Some observations on the poison of Russell's viper (Daboia russellii) - Number 3
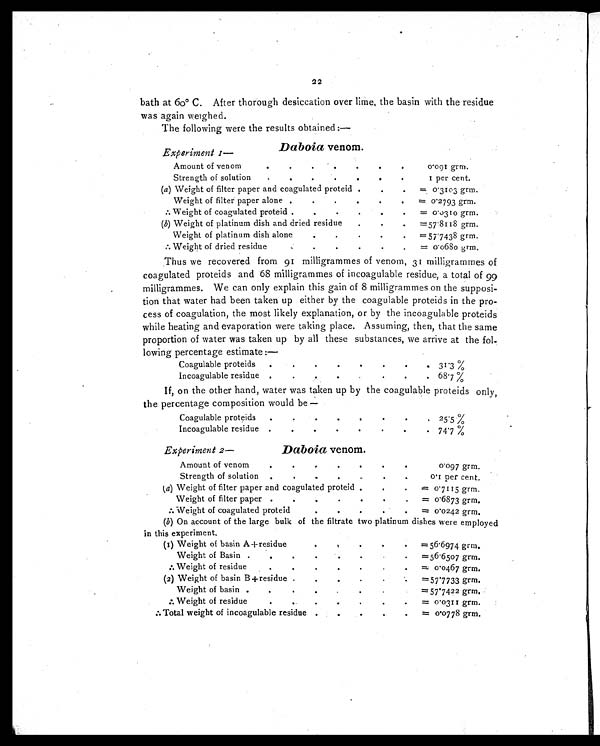
22
bath at 60° C. After thorough desiccation over lime, the basin with the residue
was again weighed.
The following were the results obtained :—
Daboia venom.
Experiment I—
Amount of venom.
... . . .
0.091 grm.
Strength of solution
1 per cent.
(a ) Weight of filter paper and coagulated proteid.
=0. 3103 grm.
Weight of filter paper alone...
=0.2793 grm.
[ i l l e g a b l e ] W e i g h t o f c o a g u l a t e d p r o t e i d .
. . .
. . .
. . .
=0.0310 grm.
(b) Weight of platinum dish and dried residue. =57.8118 grm.
Weight of platinum dish alone
... . . .
. . .
=57.7438 grm.
Weight of dried residue...
. . . .
. . .
=0.0 680 grm.
Thus we recovered from 91 milligrammes of venom, 31 milligrammes of
coagulated proteids and 68 milligrammes of incoagulable residue, a total of 99
milligrammes. We can only explain this gain of 8 milligrammes on the supposi-
tion that water had been taken up either by the coagulable proteids in the pro-
cess of coagulation, the most likely explanation, or by the incoagulable proteids
while heating and evaporation were taking place. Assuming, then, that the same
proportion of water was taken up by all these substances, we arrive at the fol-
lowing percentage estimate :—
Coagulable proteids
...
. . . 3 1 . 3 %
Incoagulable residue . . .
. . .
. . .
6 8 . 7 %
If, on the other hand, water was taken up by the coagulable proteids only,
the percentage composition would be—
Coagulable proteids
... ... ... ...
25.5%
Incoagulable residue ... . . .
. . .
74.7%
Experiment 2 —
Daboia venom.
Amount of venom
... . . .
. . .
. . .
0.097 grm.
Strength of solution
... . . .
0.1 per cent.
(a) Weight of filter paper and coagulated proteid ... . . .
=0.7115 grm.
Weight of filter paper ...
...
. . .
= 0 .6873 grm.
[ i l l e g a b l e ] W
e i g h t o f c n a m i l a t e d n r n t e i d -
...
. . .
= 0 . 0 2 4 2 g r m .
(b) On account of the large bulk of the filtrate two platinum dishes were employed
in this experiment.
(1) Weight of basin A-+-residue . . .
. . .
. . .
=56.6974 grm.
Weight of Basin ... ...
=56.6507 grm.
[ i l l e g a b l e ] W e i g h t o f r e s i d u e
. . .
. . .
. . .
=0.0467 grm.
(2) Weight of basin B +residue.
. . .
=57.7733 grm.
Weight of basin .. .
. . .
=57.7422 grm.
[ i l l e g a b l e ] W e i g h t o f r e s i d u e
. . .
. . .
. . .
. . .
=0. 0311 grm.
[ i l l e g a b l e ]
T o t a l w e i g h t o f
i n c o a g u l a b l e r e s i d u e
. . . .
. .
=0.0778 grm.